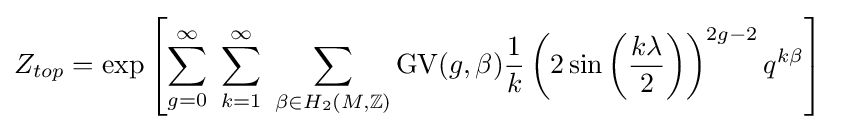
Z_{top}=\exp \left[\sum _{g=0}^{\infty }~\sum _{k=1}^{\infty }~\sum _{\beta \in H_{2}(M,\mathbb {Z} )}{\text{GV}}(g,\beta ){\frac {1}{k}}\left(2\sin \left({\frac {k\lambda }{2}}\right)\right)^{2g-2}q^{k\beta }\right]\